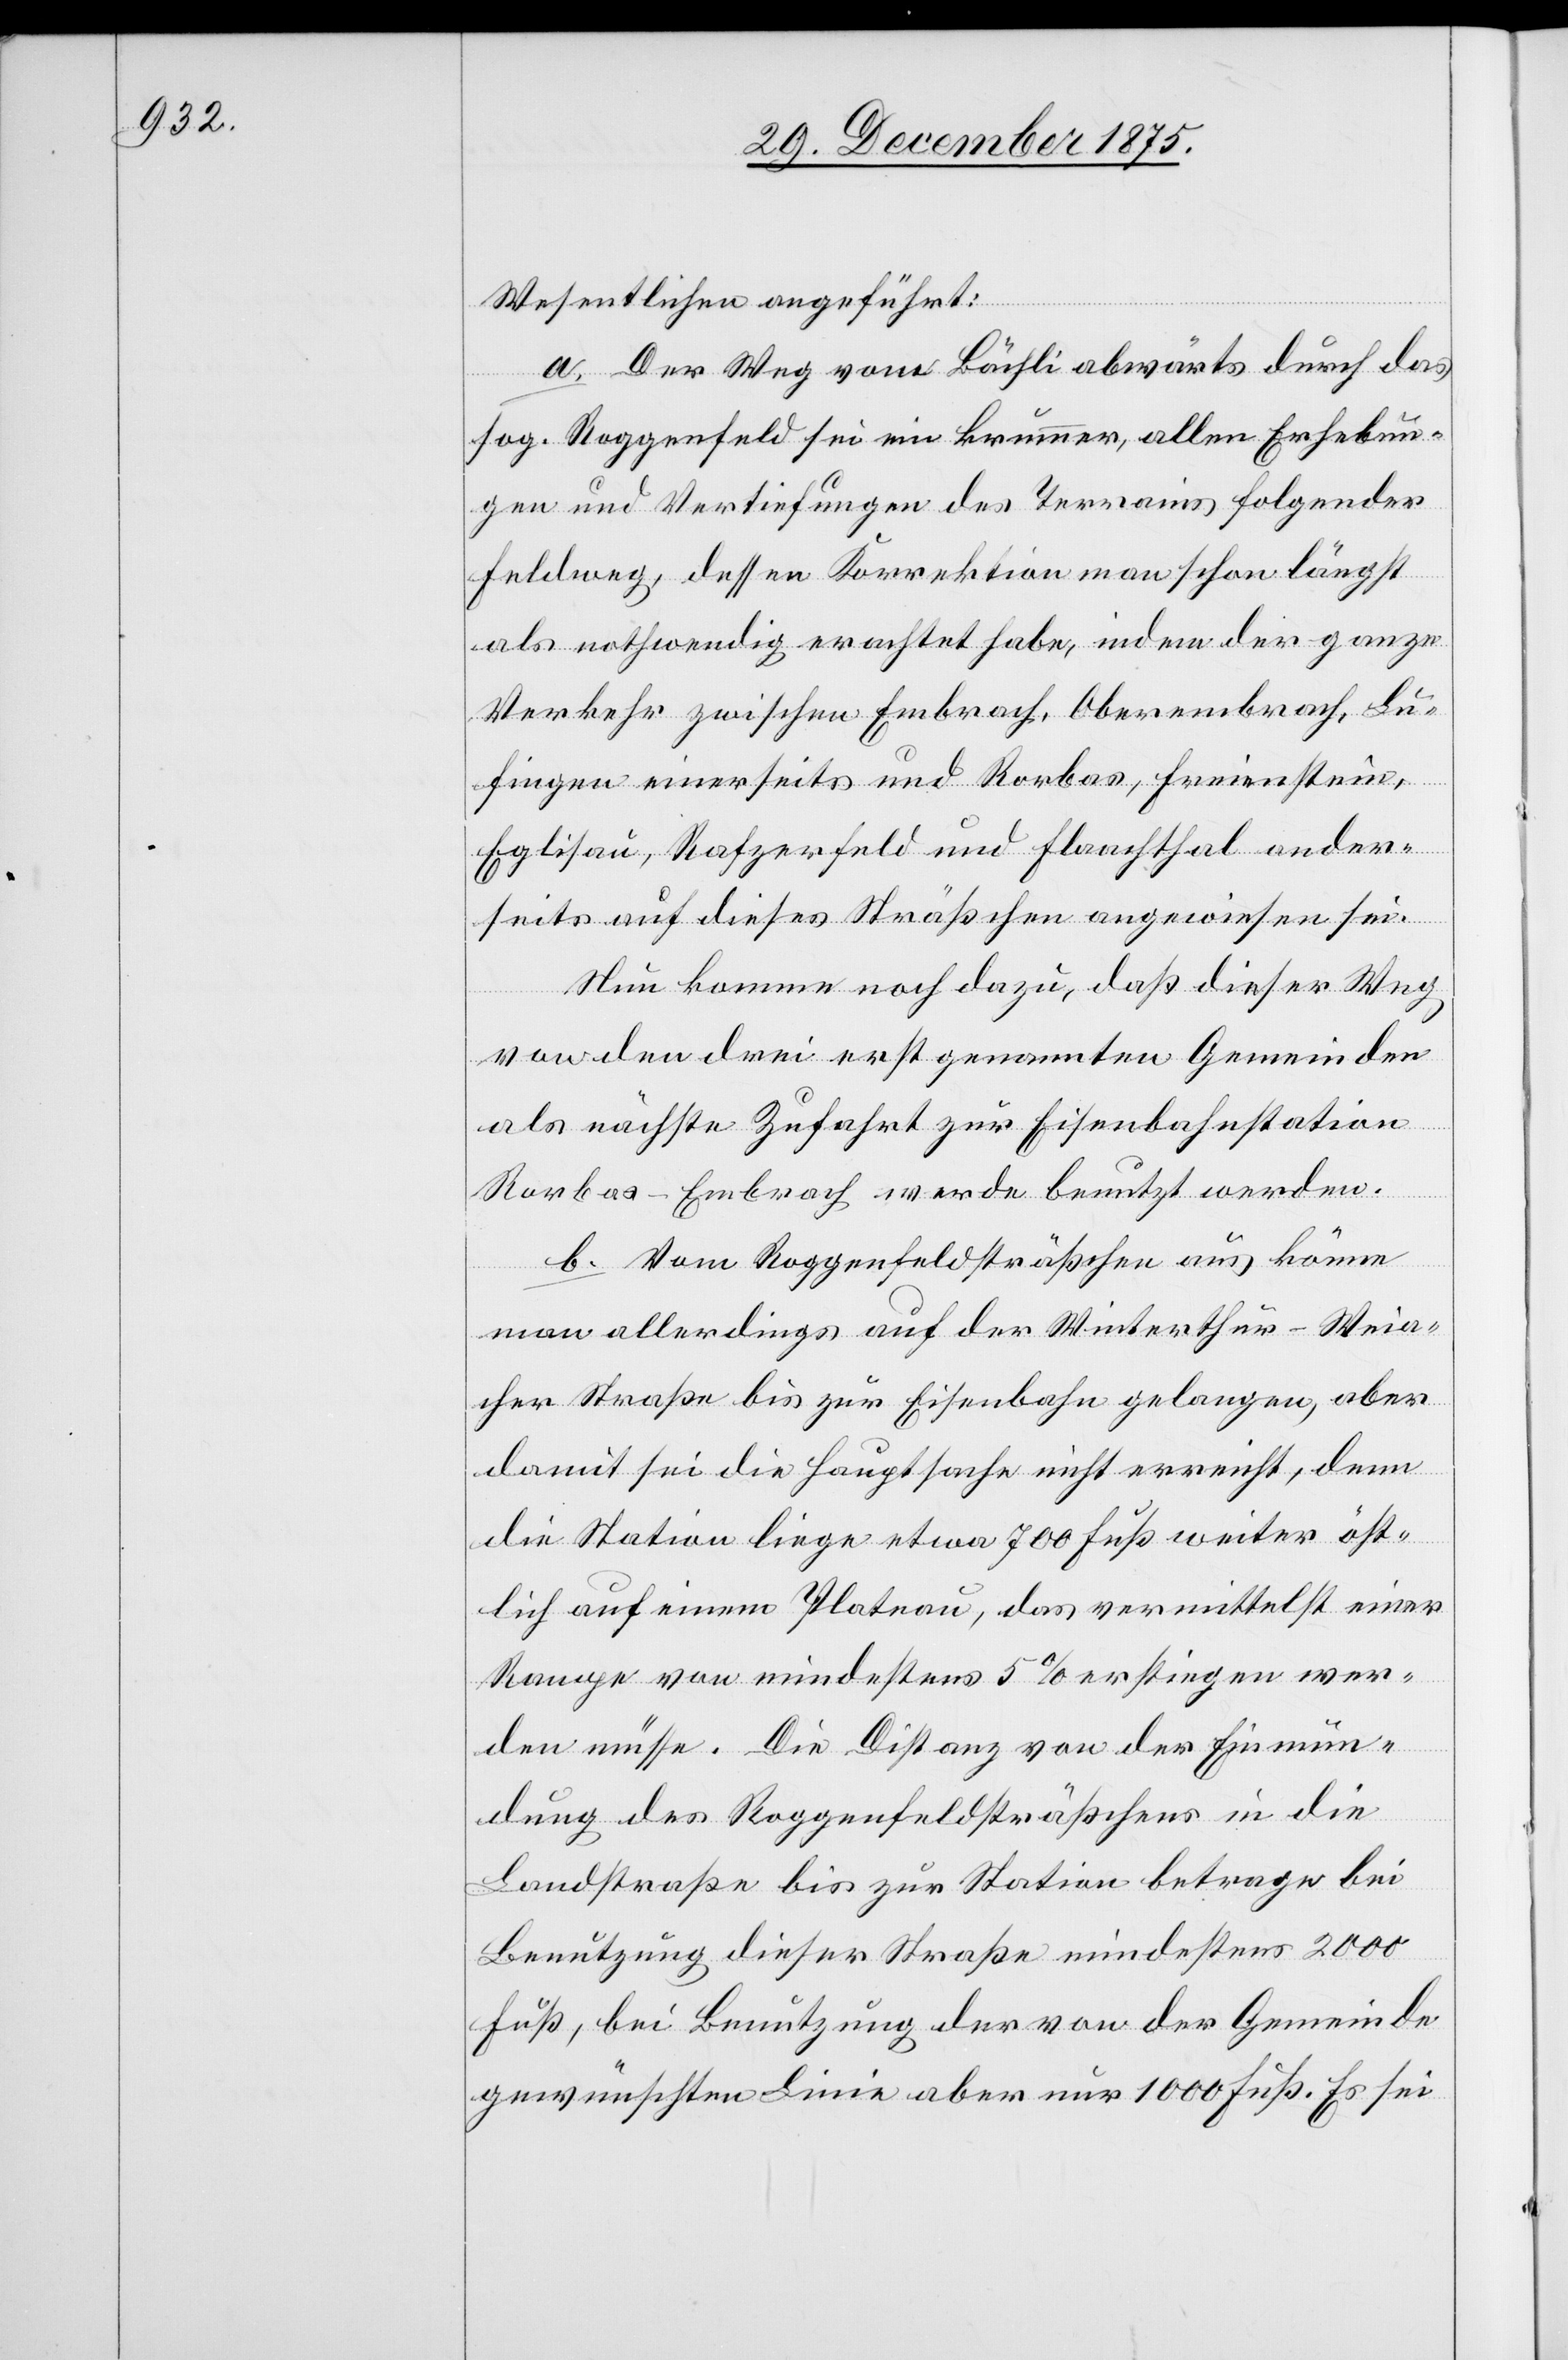
Wesentlichen angeführt:
a. Der Weg vom Bächli abwärts durch das
sog. Roggenfeld sei ein krummer, allen Erhebun¬
gen und Vertiefungen des Terrains folgender
Feldweg, dessen Korrektion man schon längst
als nothwendig erachtet habe, indem der ganze
Verkehr zwischen Embrach, Oberembrach, Lu¬
fingen einerseits und Rorbas, Freienstein,
Eglisau, Rafzerfeld und Flaachthal ander¬
seits auf dieses Sträßchen angewiesen sei.
Nun komme noch dazu, daß dieser Weg
von den drei erst genannten Gemeinden
als nächste Zufahrt zur Eisenbahnstation
Rorbas-Embrach werde benutzt werden.
b. Vom Roggenfeldsträßchen aus könne
man allerdings auf der Winterthur–Weia¬
cher Straße bis zur Eisenbahn gelangen, aber
damit sei die Hauptsache nicht erreicht, denn
die Station liege etwa 700 Fuß weiter öst¬
lich auf einem Plateau, das vermittelst einer
Rampe von mindestens 5% erstiegen wer¬
den müsse. Die Distanz von der Einmün¬
dung des Rappenfeldsträßchens in die
Landstraße bis zur Station betrage bei
Benutzung dieser Straße mindestens 2000
Fuß, bei Benutzung der von der Gemeinde
gewünschten Linie aber nur 1000 Fuß. Es sei